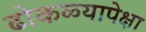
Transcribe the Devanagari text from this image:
ढोकळ्यापेक्षा